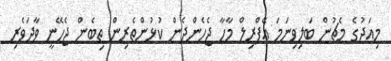
މިއަދުގެ މެޗުން ބަލިވިނަމަ އޭޕްރިލް މާހާ ޖެހެންދެން ކުޅުންތެރިން ތިބެން ޖެހޭނީ ވާދަވެރި